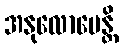
အနုလောမေန္တိ